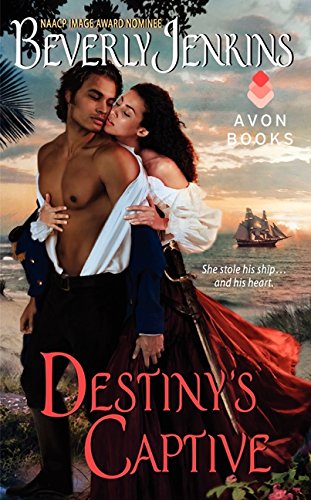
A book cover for Destiny's Captive (Destiny Trilogy); Beverly Jenkins; Romance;